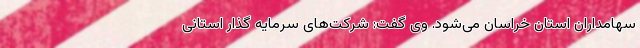
سهامداران استان خراسان می‌شود. وی گفت: شرکت‌های سرمایه گذار استانی